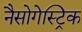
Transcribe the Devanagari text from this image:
नैसोगेस्ट्रिक